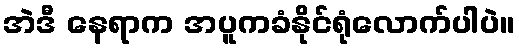
အဲဒီ နေရာက အပူကခံနိုင်ရုံလောက်ပါပဲ။